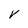
Character: V